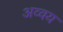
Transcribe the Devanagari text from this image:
अव्वय